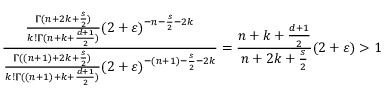
\frac { \frac { \Gamma ( n + 2 k + \frac { s } { 2 } ) } { k ! \Gamma ( n + k + \frac { d + 1 } { 2 } ) } ( 2 + \varepsilon ) ^ { - n - \frac { s } { 2 } - 2 k } } { \frac { \Gamma ( ( n + 1 ) + 2 k + \frac { s } { 2 } ) } { k ! \Gamma ( ( n + 1 ) + k + \frac { d + 1 } { 2 } ) } ( 2 + \varepsilon ) ^ { - ( n + 1 ) - \frac { s } { 2 } - 2 k } } = \frac { n + k + \frac { d + 1 } { 2 } } { n + 2 k + \frac { s } { 2 } } ( 2 + \varepsilon ) > 1